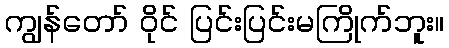
ကျွန်တော် ဝိုင် ပြင်းပြင်းမကြိုက်ဘူး။